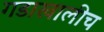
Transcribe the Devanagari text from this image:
गडाखालीच